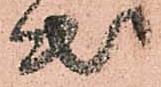
出